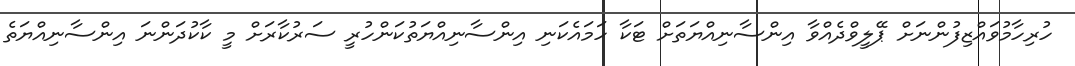
ހުރިހާމުވައްޒިފުންނަށް ޕޭލީވްދެއްވާ އިންސާނިއްޔަތަށް ޓަކާ ހަމައެކަނި އިންސާނިއްޔަތުކަންހުރީ ސަރުކާރަށް މީ ކާކުދަންނަ އިންސާނިއްޔަތެ